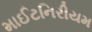
માઈટનિરીયમ